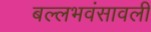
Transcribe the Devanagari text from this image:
बल्लभवंसावली